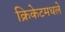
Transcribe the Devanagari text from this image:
क्रिकेटमधले